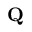
\mathbf { Q }